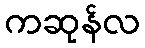
ကဆုန်လ